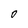
Character: 0